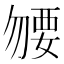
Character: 𧟰